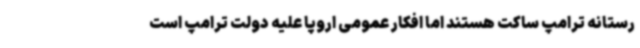
رستانه ترامپ ساکت هستند اما افکار عمومی اروپا علیه دولت ترامپ است